Bréfritari: Helgi Helgason
Viðtakandi: Halldór Jónsson
Dagsetning: A-1870-02-02
Skrifað á: Læknesstöðum  N-Þing.
Óvíst

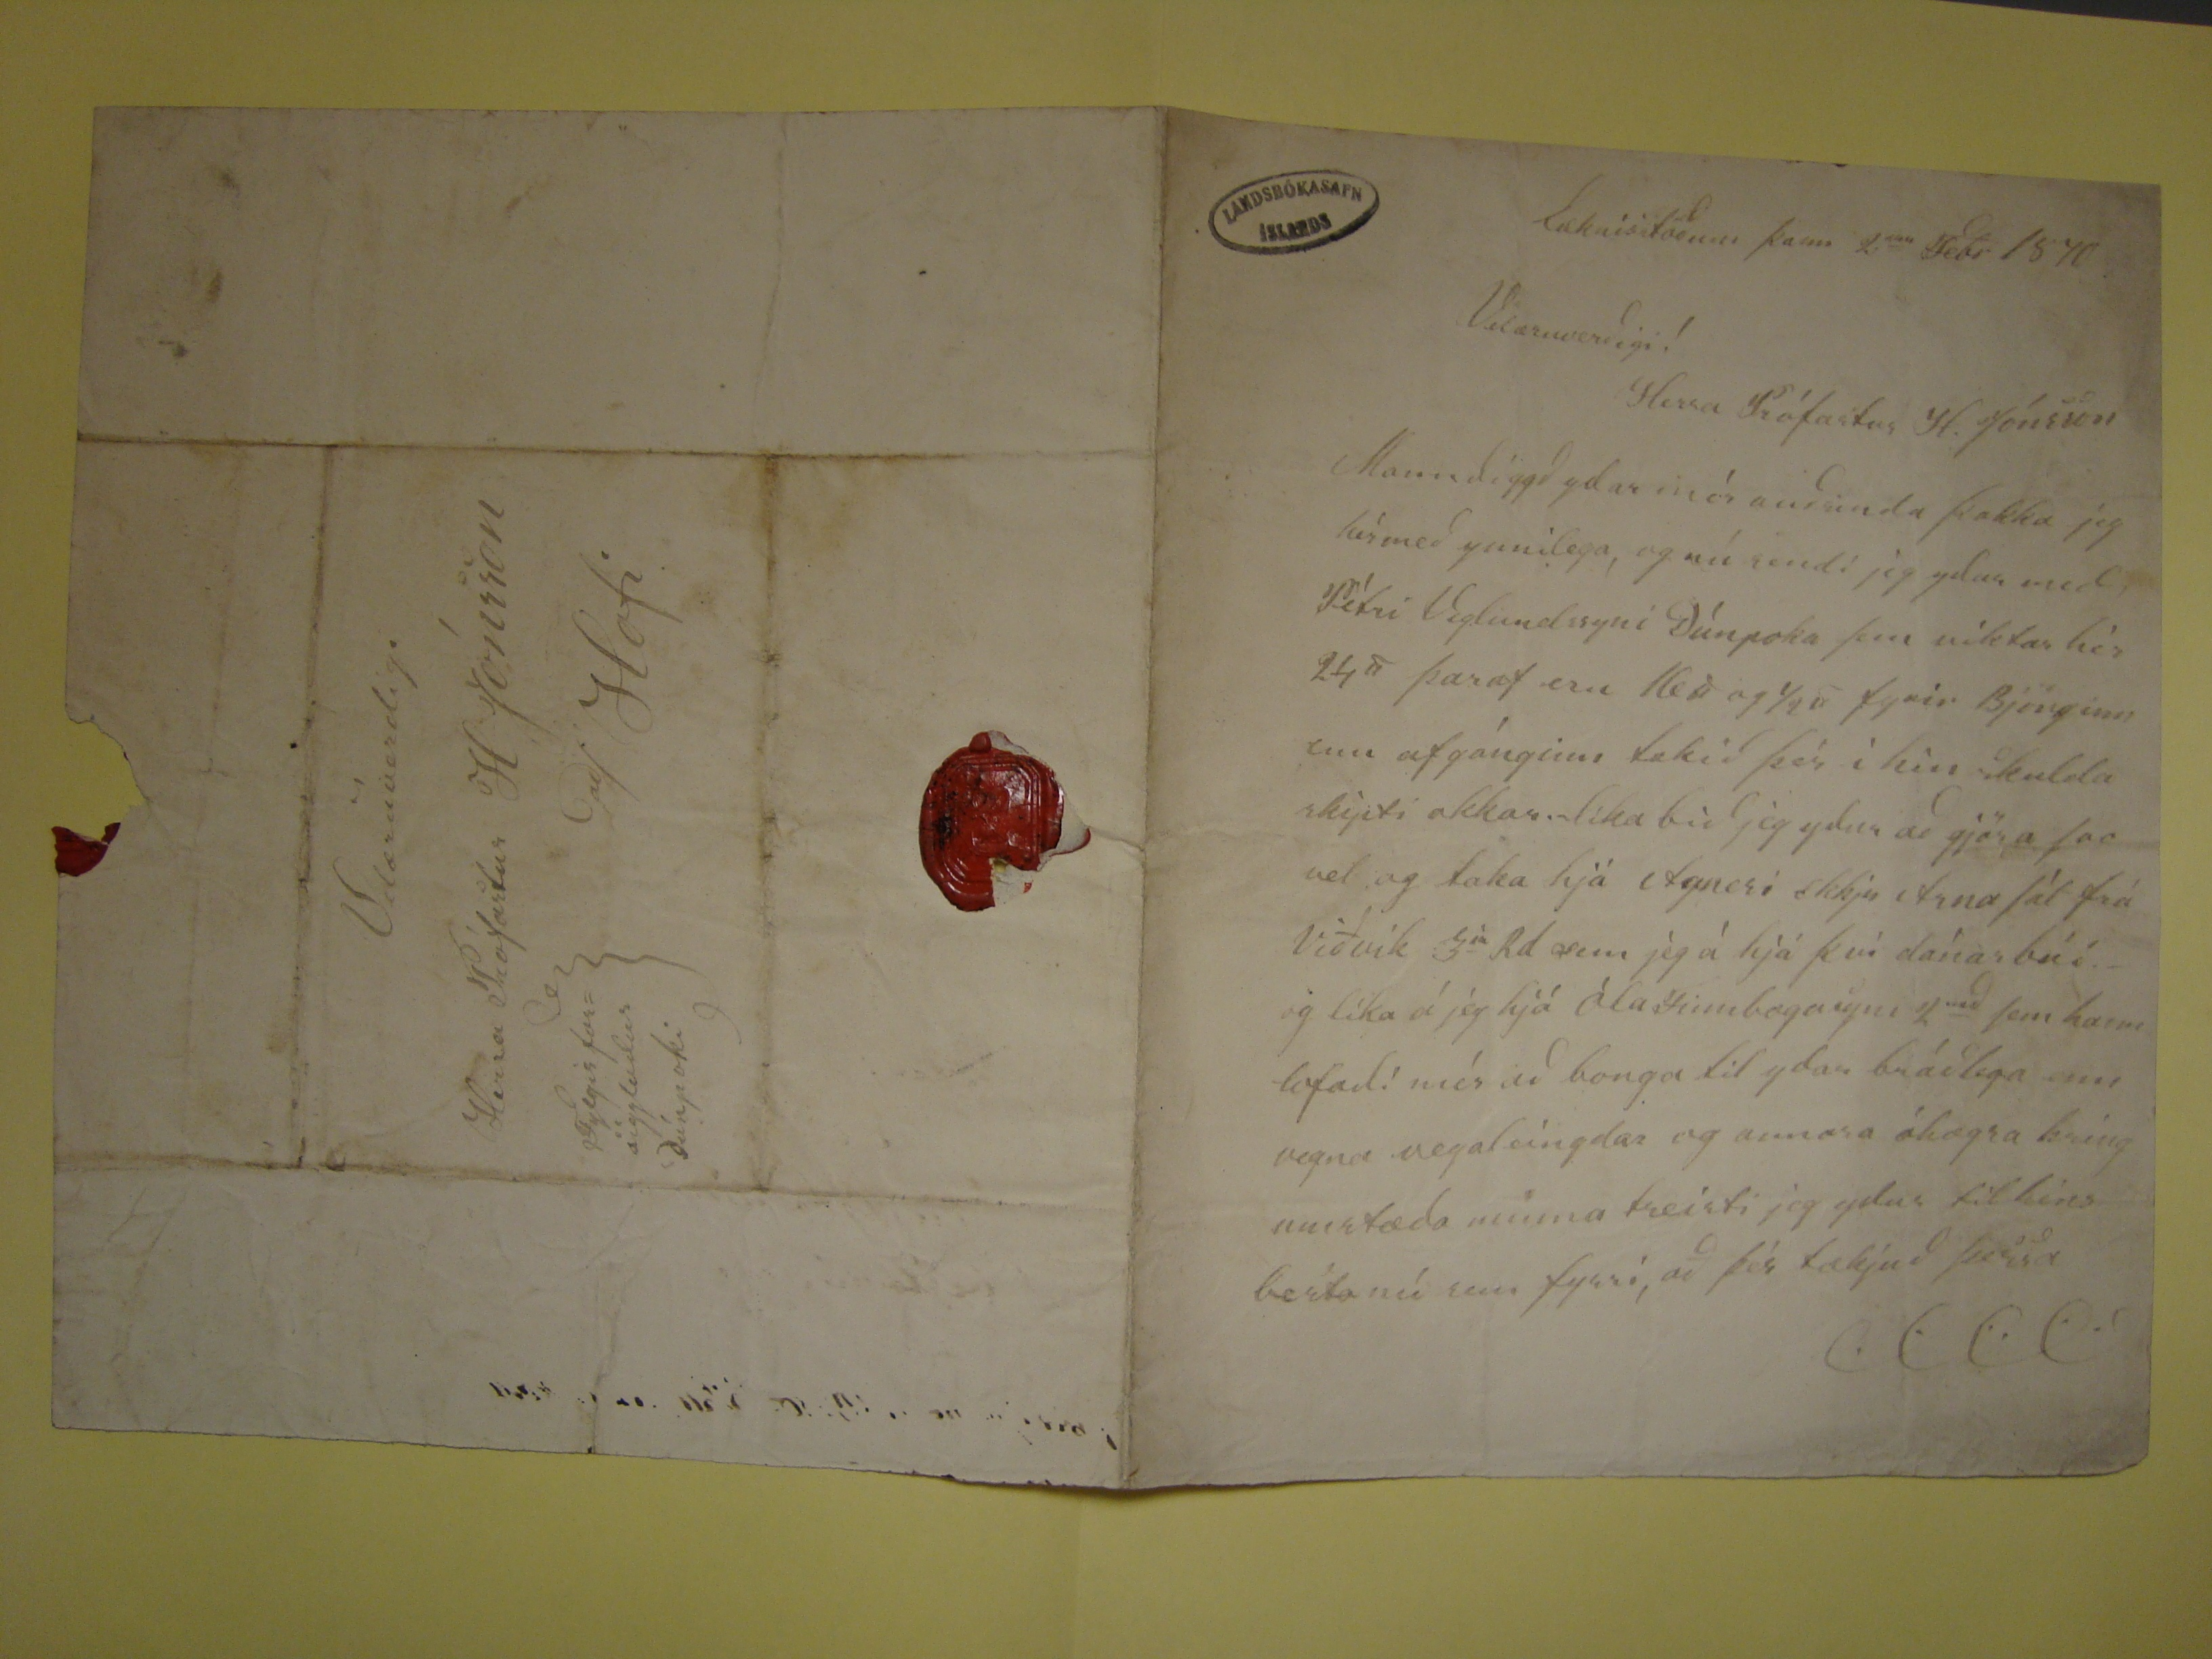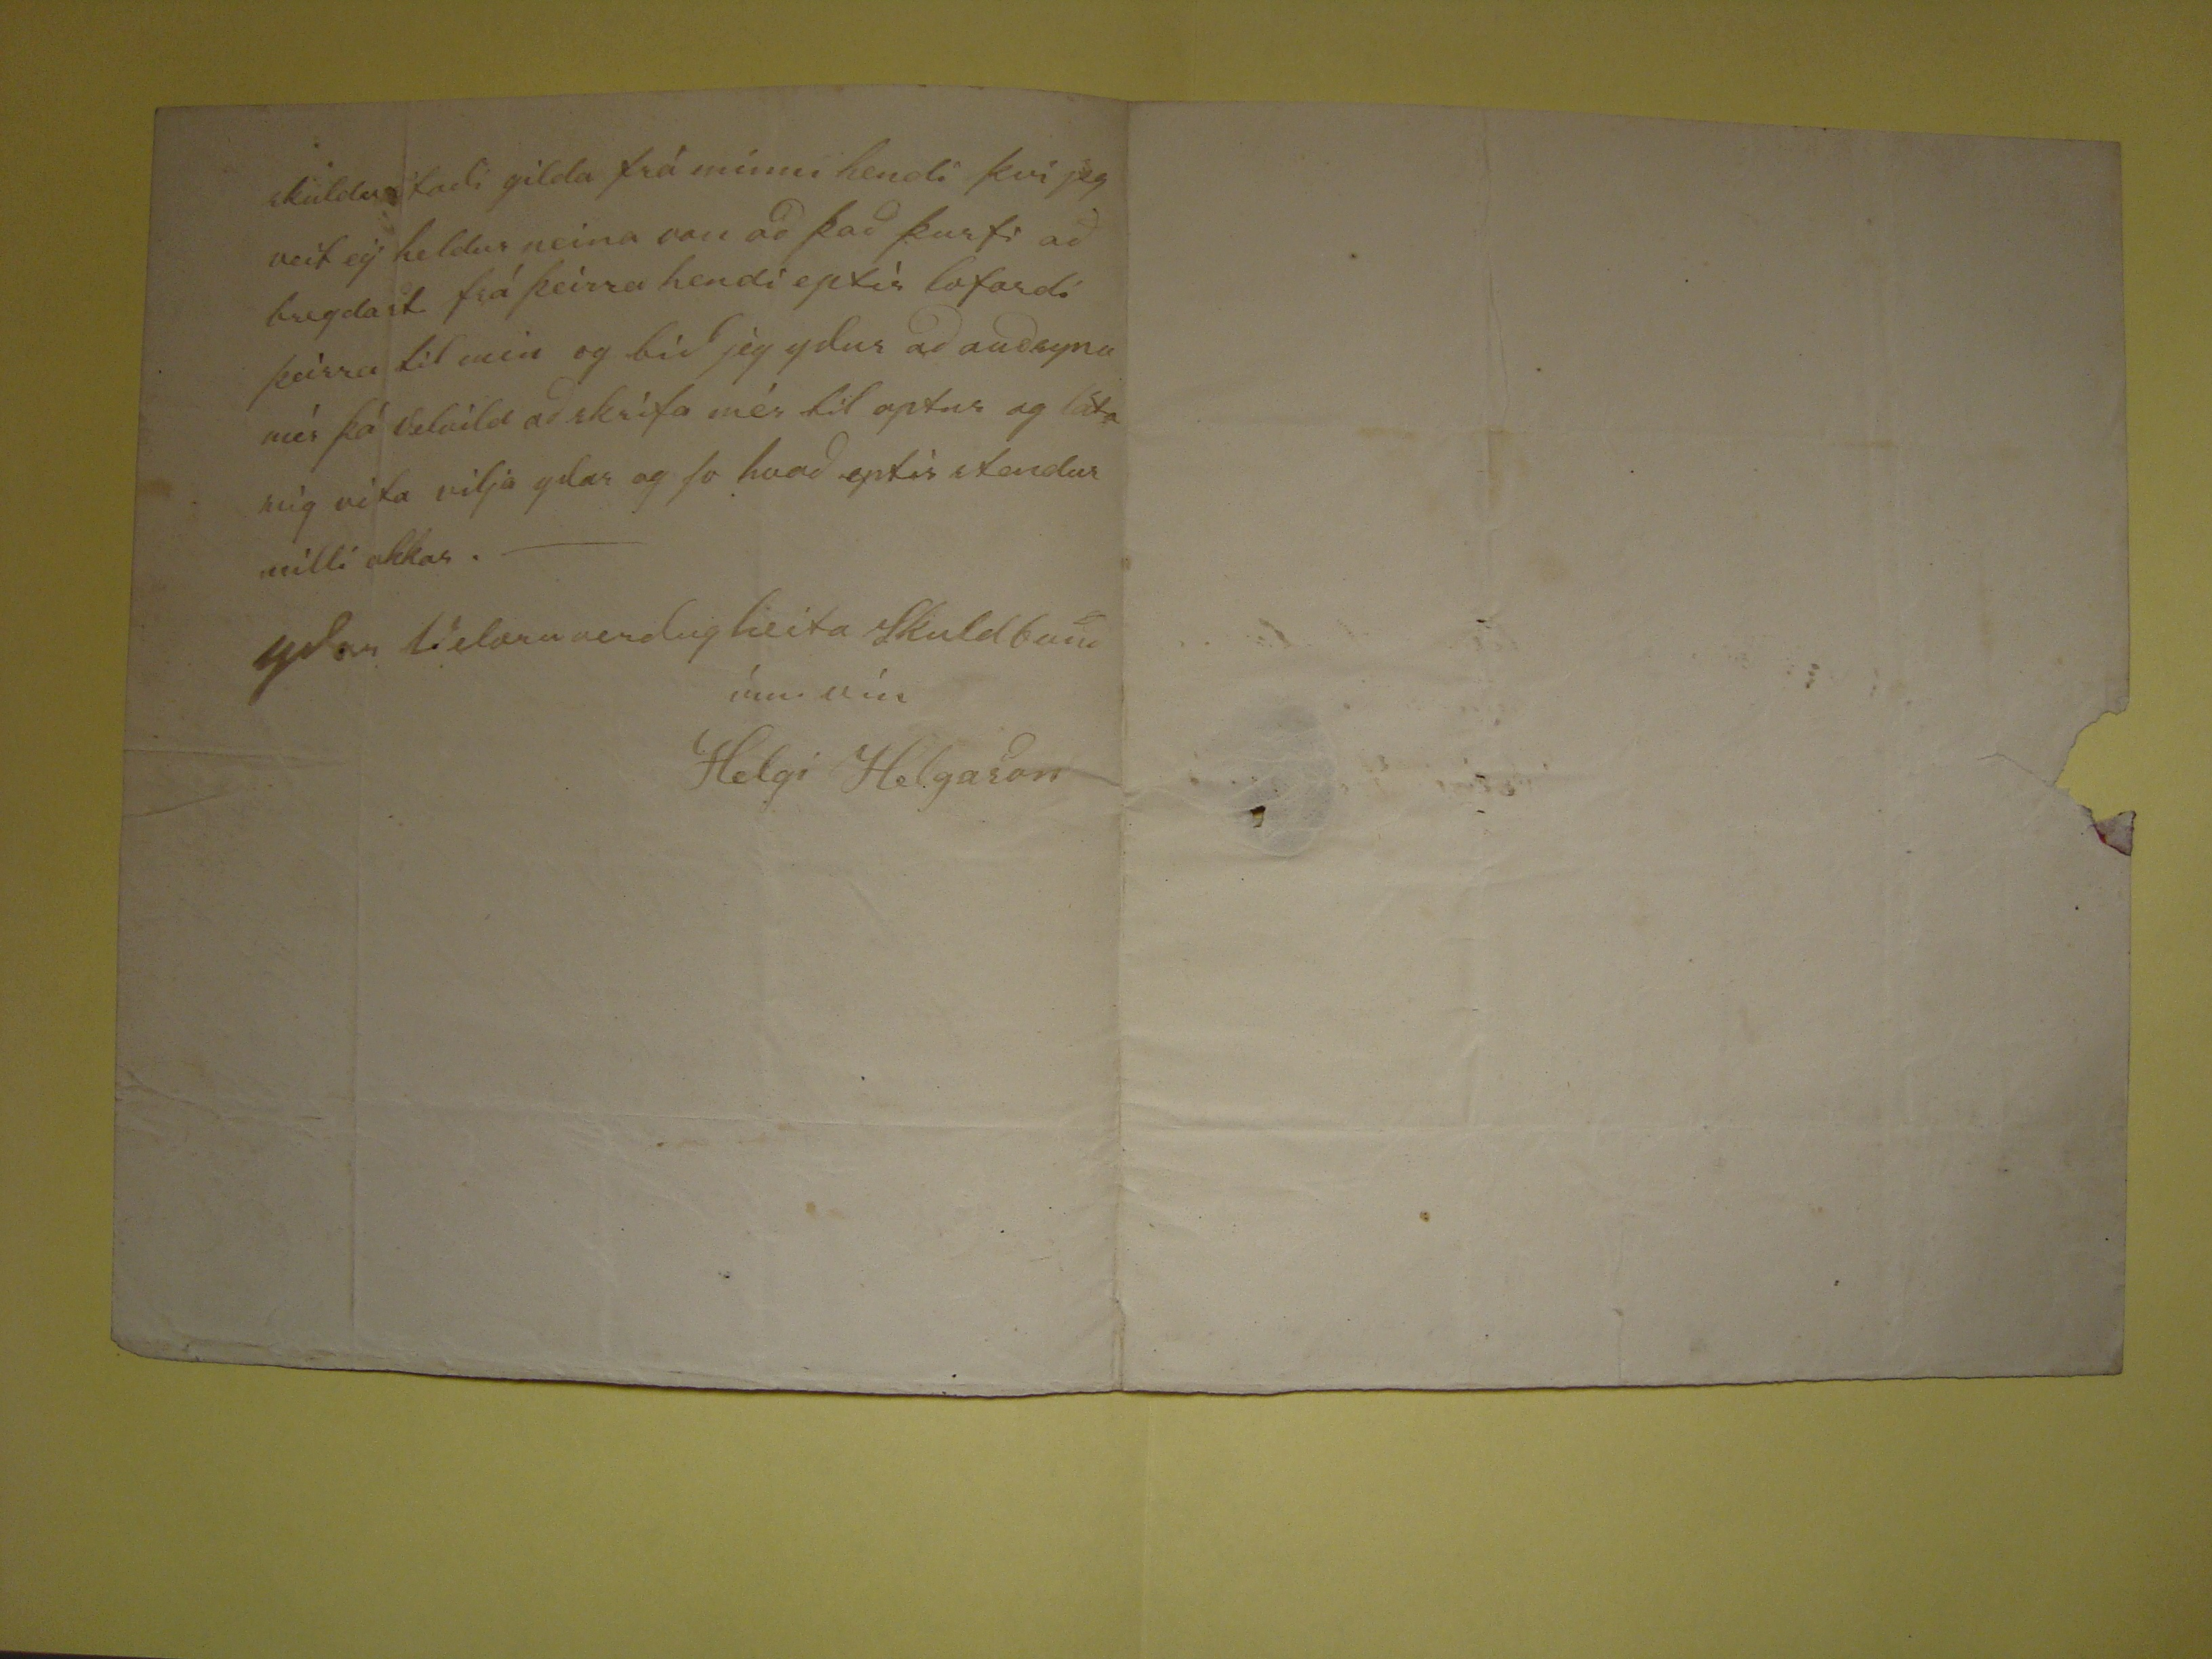

Læknisstöðum þann 2
ann
Febr 1870
Velæruverðigi!
Herra Prófastur H. Jónsson
Manndiggð yðar mér auðsinda þakka jeg hér með ynnilega, og nú sendi jeg yður med Pétri Viglundssyni Dúnpoka
sem
viktar hér
24
#
þaraf eru 16
#
og 1/2
#
fyrir Björbinn enn af gánginn takið þér í hin skulda skýti
okkar. líka bið jeg yður að gjöra svo vel og taka hjá Agnesi ekkju Arna sál frá Viðvík 3
ia
Rd sem
jeg á hjá því dánarbúi. og líka á jeg hjá Óla Finnbogasyni 2
red
sem hann lofaði mér að borga til yðar
bráðlega enn vegna vegaleingda og annara óhægra kringumstæða minna treisti jeg yður til hins besta nú sem fyrri, að þér tækjuð þessa
skuldastadi gilda frá mínni hendi því jeg veit eg heldur neina von að það þurfi að bregdast frá þeirra hendi eptir lofardi þeirra til min og bið jeg yður að auðsyna
mér þá velvild að skrifa mér til aptur og láta mig vita vilja yðar og so hvað eptir stendur milli okkar.-
yðar Velæruverdugheita skuldbundinn vin
Helgi Helgason
Velæruverdige
Herra PRófastur H Jónsson
að/ Hofi
Fylgir forsiggludur Dúnpoki